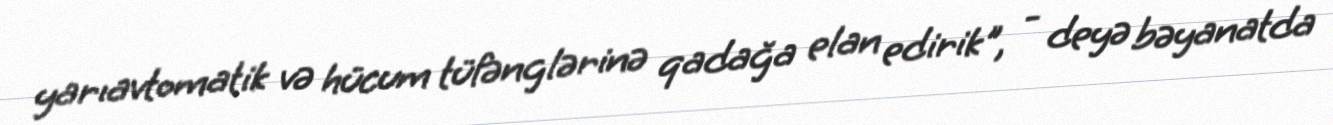
yarıavtomatik və hücum tüfənglərinə qadağa elan edirik", - deyə bəyanatda